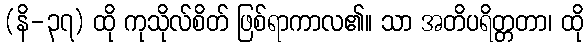
(နိ-၃၇) ထို ကုသိုလ်စိတ် ဖြစ်ရာကာလ၏။ သာ အတိပရိတ္တတာ၊ ထို